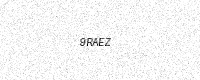
Text: 9RAEZ